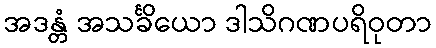
အဒန္တံ အသင်္ခိယော ဒါသိဂဏပရိဝုတာ